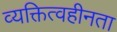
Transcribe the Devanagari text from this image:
व्यक्तित्वहीनता